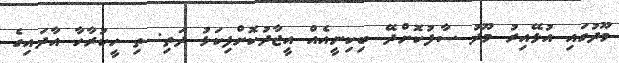
މޫދުގައި އުޅޭއިރު މޫދު ސާފުކޮށްދޭ ބިކިނީއެއް އީޖާދުކޮށްފިކަޅު ދަތި: ތި ހީކުރާހާ އާދައިގެ